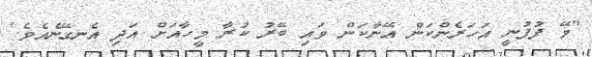
''މޭ ފުފުނީ އަހަރެންކަން އޭނާކަން ވައި ބޭރު ކުރާ މީހާއަށް އަދި އެނގޭނެއެވެ.'